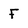
Character: F